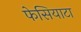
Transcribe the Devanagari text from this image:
फेसियाटा